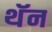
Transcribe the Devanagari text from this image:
थॅन